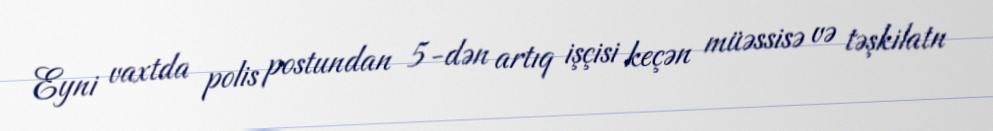
Eyni vaxtda polis postundan 5-dən artıq işçisi keçən müəssisə və təşkilatn